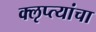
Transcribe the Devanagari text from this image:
क्‍ऌप्त्यांचा